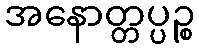
အနောတ္တပ္ပဉ္စ